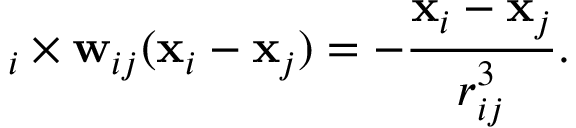
{ \bf \nabla } _ { i } \times { \bf w } _ { i j } ( { \bf x } _ { i } - { \bf x } _ { j } ) = - \frac { { \bf x } _ { i } - { \bf x } _ { j } } { r _ { i j } ^ { 3 } } .